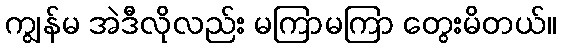
ကျွန်မ အဲဒီလိုလည်း မကြာမကြာ တွေးမိတယ်။